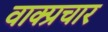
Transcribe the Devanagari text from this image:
वाक्‍प्रचार